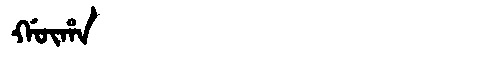
Manchu: ᡤᡡᡥᠠ
Romanization: GŪHA